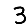
Digit: 3